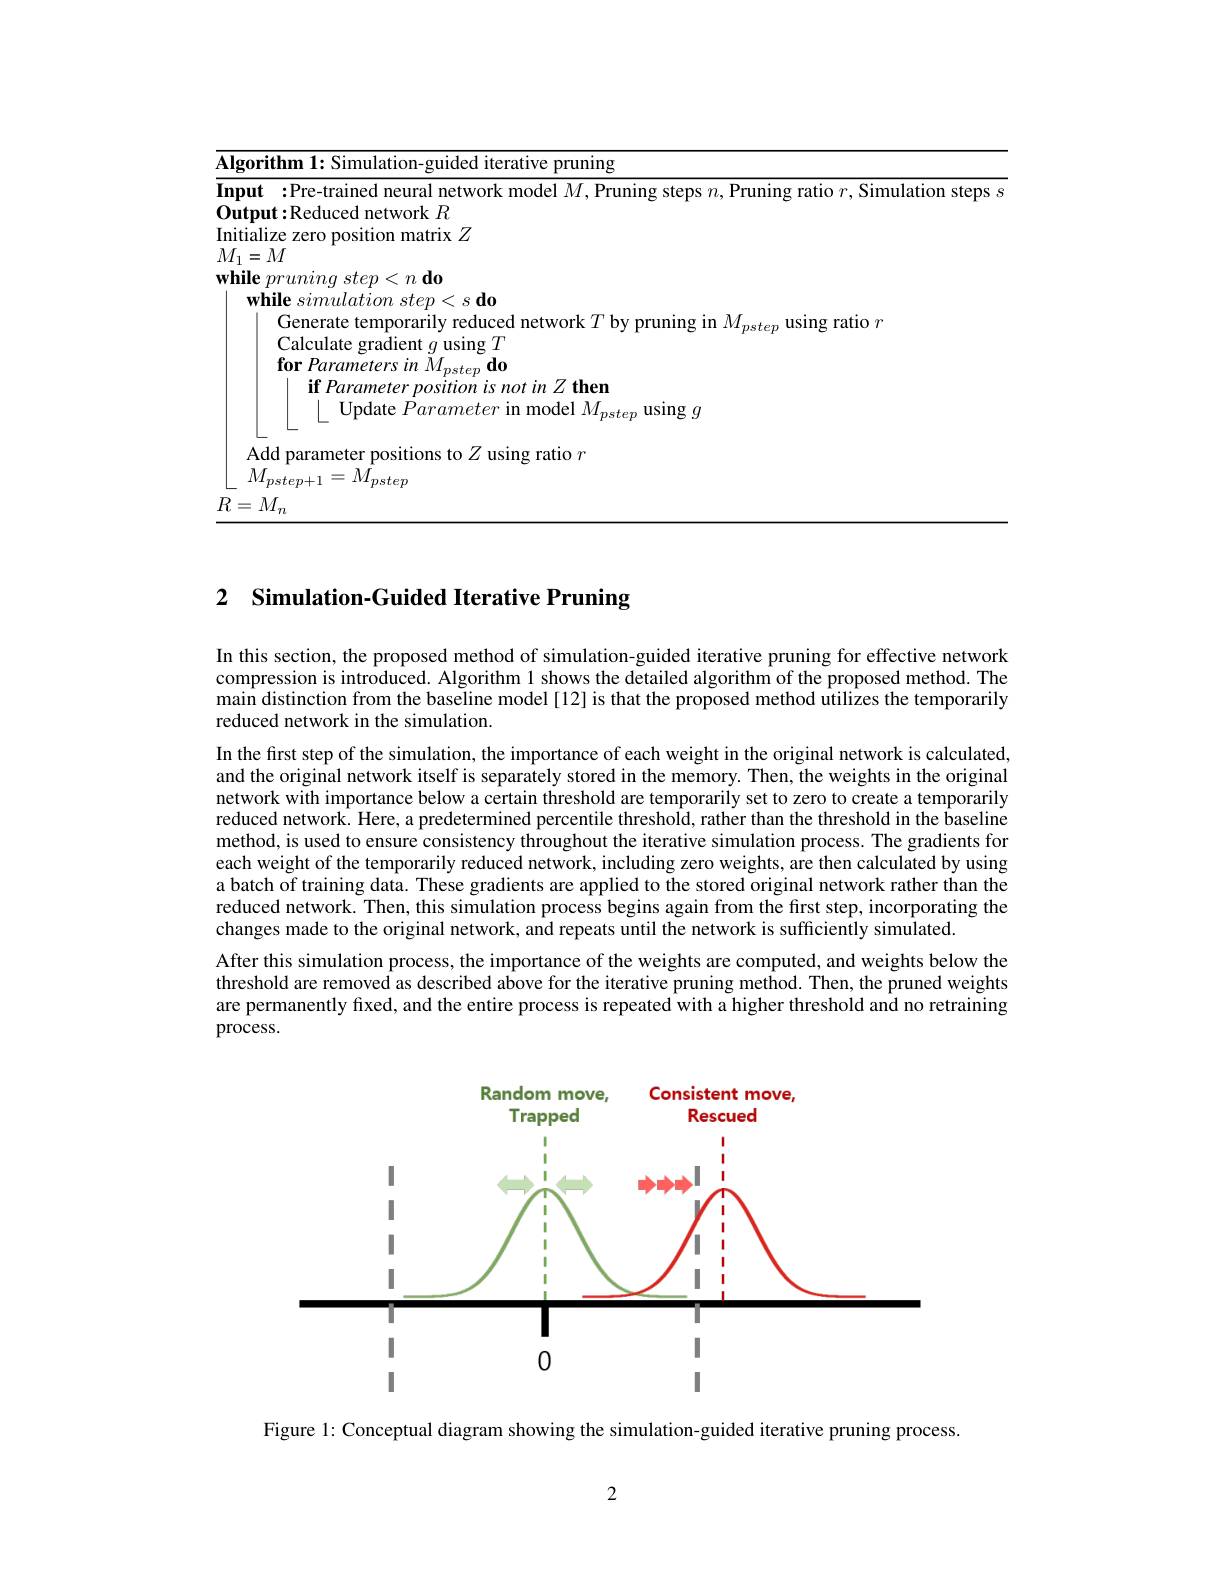
<table>
	<tbody>
		<tr>
			<td>$\overline{\mathbf{AI}}_{3}$ 1 1 1 L L L 1</td>
			<td>rifhm ${\overline{{\mathrm{d~iterative~pruning}}}}$</td>
			<td> </td>
		</tr>
		<tr>
			<td> </td>
			<td>if Parameter position is not in $Z\textbf{ then}$ $\lfloor$ Update Parameter in model $M_pstep$ using $g$</td>
			<td> </td>
		</tr>
		<tr>
			<td> </td>
			<td>sing ratio $r$</td>
			<td> </td>
		</tr>
		<tr>
			<td> </td>
			<td>$step+$ steF</td>
			<td> </td>
		</tr>
		<tr>
			<td>$R$</td>
			<td>$M_{r}$</td>
			<td> </td>
		</tr>
	</tbody>
</table>

## 2 $\textbf{Simulation- Guided Iterative Pruning}$

In this section, the proposed method of simulation-guided iterative pruning for effective network compression is introduced. Algorithm 1 shows the detailed algorithm of the proposed method. The $\hat{\text{main distinction from the baseline model[12] is that the proposed method utilizes the temporarily}}$ reduced network in the simulation.

In the first step of the simulation, the importance of each weight in the original network is calculated, and the original network itself is separately stored in the memory. Then, the weights in the original network with importance below a certain threshold are temporarily set to zero to create a temporarily reduced network. Here, a predetermined percentile threshold, rather than the threshold in the baseline method, is used to ensure consistency throughout the iterative simulation process. The gradients for each weight of the temporarily reduced network, including zero weights, are then calculated by using a batch of training data. These gradients are applied to the stored original network rather than the reduced network. Then, this simulation process begins again from the first step, incorporating the changes made to the original network, and repeats until the network is sufficiently simulated.
After this simulation process, the importance of the weights are computed, and weights below the threshold are removed as described above for the iterative pruning method. Then, the pruned weights are permanently fixed, and the entire process is repeated with a higher threshold and no retraining process.

<FigureHere>

Figure 1: Conceptual diagram showing the simulation-guided iterative pruning process

2